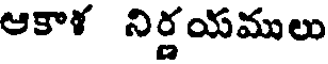
ఆకాళ నిర్ణయములు